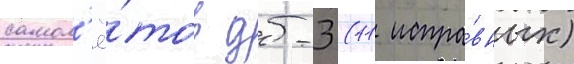
самол'ё́тов дб-3 (11 испра́вных)